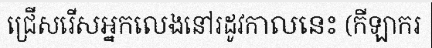
ជ្រើសរើសអ្នកលេងនៅរដូវកាលនេះ (កីឡាករ